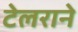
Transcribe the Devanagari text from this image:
टेलराने